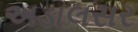
અડાલસર